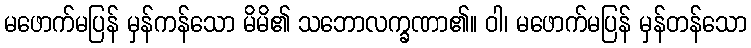
မဖောက်မပြန် မှန်ကန်သော မိမိ၏ သဘောလက္ခဏာ၏။ ဝါ၊ မဖောက်မပြန် မှန်တန်သော